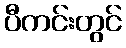
ပီကင်းတွင်